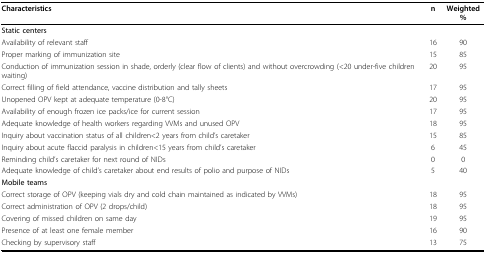
<table><thead><tr><td><b>Characteristics</b></td><td><b>n</b></td><td><b>Weighted %</b></td></tr></thead><tbody><tr><td><b>Static centers</b></td><td></td><td></td></tr><tr><td>Availability of relevant staff</td><td>16</td><td>90</td></tr><tr><td>Proper marking of immunization site</td><td>15</td><td>85</td></tr><tr><td>Conduction of immunization session in shade, orderly (clear flow of clients) and without overcrowding (&lt;20 under-five children waiting)</td><td>20</td><td>95</td></tr><tr><td>Correct filling of field attendance, vaccine distribution and tally sheets</td><td>17</td><td>95</td></tr><tr><td>Unopened OPV kept at adequate temperature (0-8°C)</td><td>20</td><td>95</td></tr><tr><td>Availability of enough frozen ice packs/ice for current session</td><td>17</td><td>95</td></tr><tr><td>Adequate knowledge of health workers regarding VVMs and unused OPV</td><td>18</td><td>95</td></tr><tr><td>Inquiry about vaccination status of all children&lt;2 years from child&#x27;s caretaker</td><td>15</td><td>85</td></tr><tr><td>Inquiry about acute flaccid paralysis in children&lt;15 years from child&#x27;s caretaker</td><td>6</td><td>45</td></tr><tr><td>Reminding child&#x27;s caretaker for next round of NIDs</td><td>0</td><td>0</td></tr><tr><td>Adequate knowledge of child&#x27;s caretaker about end results of polio and purpose of NIDs</td><td>5</td><td>40</td></tr><tr><td><b>Mobile teams</b></td><td></td><td></td></tr><tr><td>Correct storage of OPV (keeping vials dry and cold chain maintained as indicated by VVMs)</td><td>18</td><td>95</td></tr><tr><td>Correct administration of OPV (2 drops/child)</td><td>18</td><td>95</td></tr><tr><td>Covering of missed children on same day</td><td>19</td><td>95</td></tr><tr><td>Presence of at least one female member</td><td>16</td><td>90</td></tr><tr><td>Checking by supervisory staff</td><td>13</td><td>75</td></tr></tbody></table>